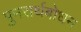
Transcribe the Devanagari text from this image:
पुनरार्थबोधन